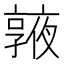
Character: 𠆓